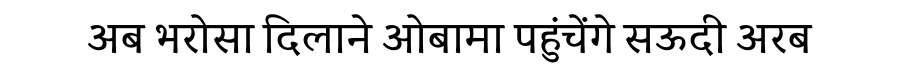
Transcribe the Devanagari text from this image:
अब भरोसा दिलाने ओबामा पहुंचेंगे सऊदी अरब